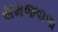
સમજવાળા